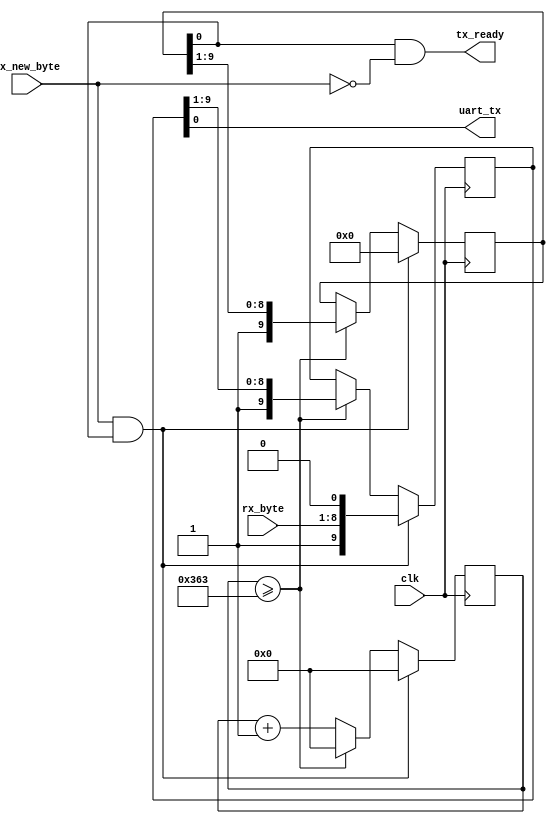
/*
*
* Copyright (c) 2011-2013 fpgaminer@bitcoin-mining.com
*
*
*
* This program is free software: you can redistribute it and/or modify
* it under the terms of the GNU General Public License as published by
* the Free Software Foundation, either version 3 of the License, or
* (at your option) any later version.
*
* This program is distributed in the hope that it will be useful,
* but WITHOUT ANY WARRANTY; without even the implied warranty of
* MERCHANTABILITY or FITNESS FOR A PARTICULAR PURPOSE.  See the
* GNU General Public License for more details.
*
* You should have received a copy of the GNU General Public License
* along with this program.  If not, see <http://www.gnu.org/licenses/>.
* 
*/

/*
* When tx_ready is high, uart_transmitter is ready to send a new byte. Drive
* rx_new_byte high for one cycle, and the byte to transmit on rx_byte for one
* cycle.
*/
module uart_transmitter # (
	parameter comm_clk_frequency = 100000000,
	parameter baud_rate = 115200
) (
	input clk,

	// UART interface
	output uart_tx,

	// Data to send
	input rx_new_byte,
	input [7:0] rx_byte,

	// Status
	output tx_ready
);

	localparam [15:0] baud_delay = (comm_clk_frequency / baud_rate) - 1;

	reg [15:0] delay_cnt = 16'd0;
	reg [9:0] state = 10'd1023, outgoing = 10'd1023;

	assign uart_tx = outgoing[0];
	assign tx_ready = state[0] & ~rx_new_byte;


	always @ (posedge clk)
	begin
		delay_cnt <= delay_cnt + 16'd1;

		if (delay_cnt >= baud_delay)
		begin
			delay_cnt <= 16'd0;
			state <= {1'b1, state[9:1]};
			outgoing <= {1'b1, outgoing[9:1]};
		end

		if (rx_new_byte && state[0])
		begin
			delay_cnt <= 16'd0;
			state <= 10'd0;
			outgoing <= {1'b1, rx_byte, 1'b0};
		end
	end

endmodule